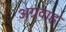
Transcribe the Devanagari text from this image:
अग्रवाह